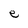
Character: e